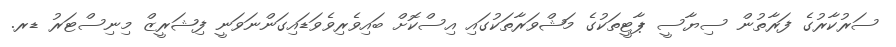
ސަރުކާރުގެ ފަރާތުން ސިޔާސީ ޕާޓީތަކުގެ މަޝްވަރާތަކުގައި އިސްކޮށް ބައިވެރިވެވަޑައިގަންނަވަނީ ފިޝަރީޒް މިނިސްޓަރު ޑރ.